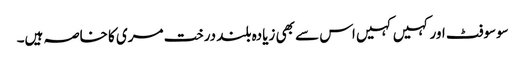
سوسوفٹ اور کہیں کہیں اس سے بھی زیادہ بلند درخت مری کا خاصہ ہیں۔